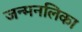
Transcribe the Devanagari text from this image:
जन्मनलिका